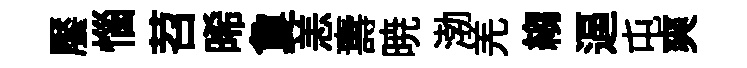
饜惱苕晞夐恙夀暁渤羌縐逼屯爽